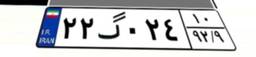
۲۲گ۰۲۴۱۰